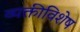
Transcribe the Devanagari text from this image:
व्यक्तीविशेष